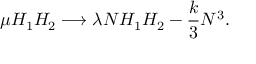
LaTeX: \mu H _ { 1 } H _ { 2 } \longrightarrow \lambda N H _ { 1 } H _ { 2 } - { \frac { k } { 3 } } N ^ { 3 } .